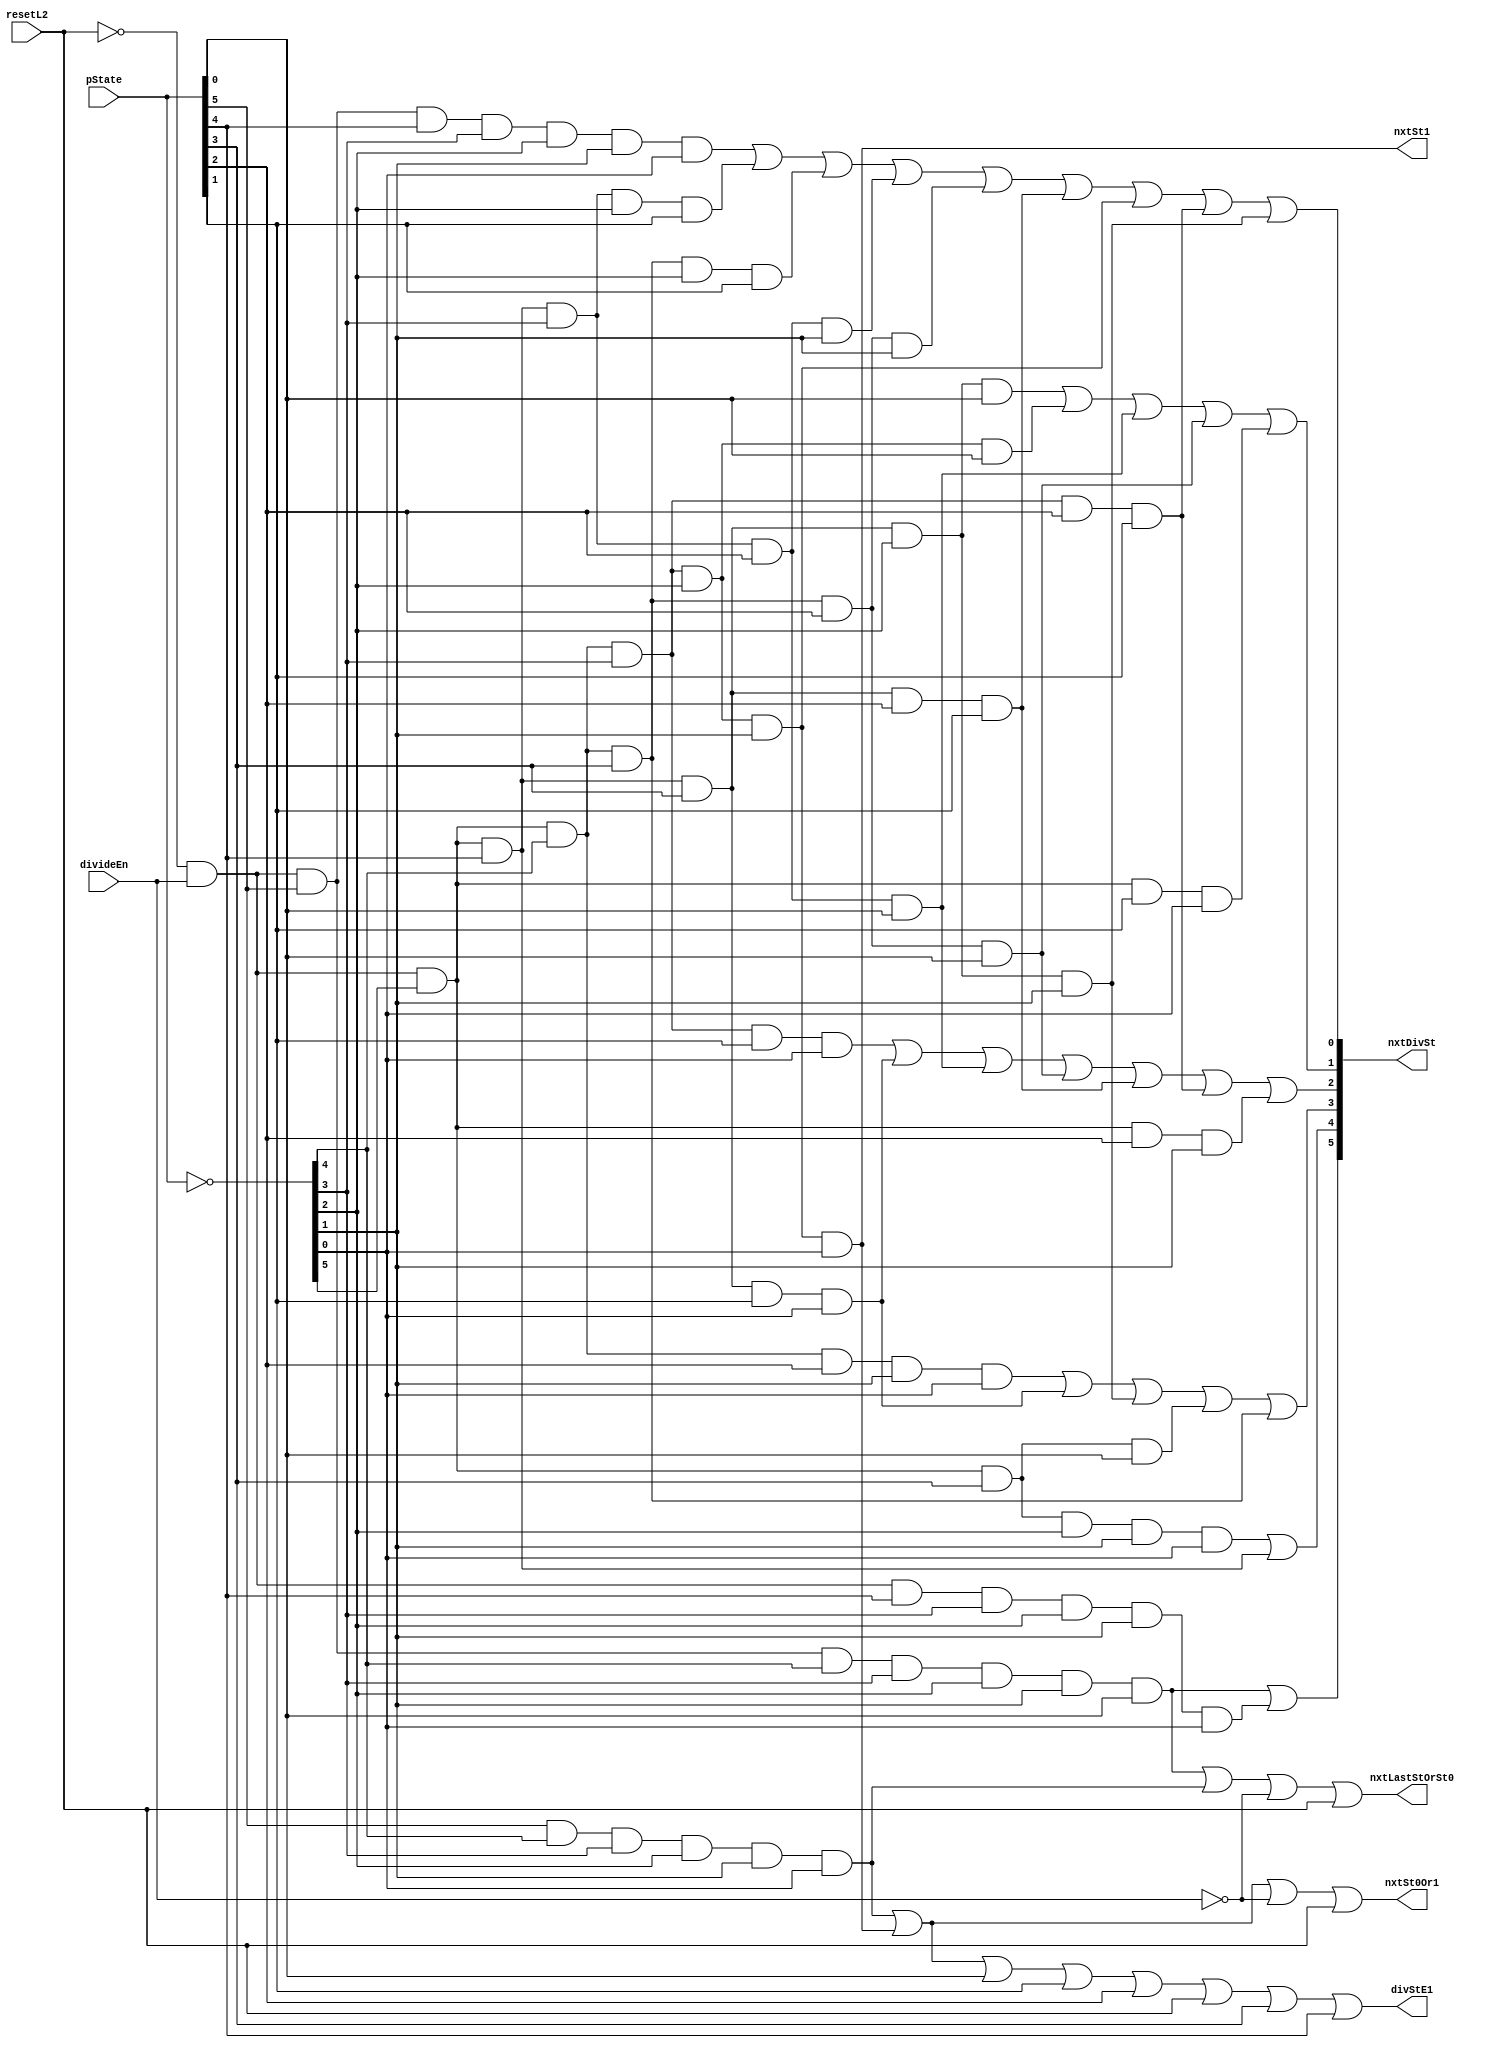
// 
// ************************************************************************** 
// 
//  Copyright (c) International Business Machines Corporation, 2005. 
// 
//  This file contains trade secrets and other proprietary and confidential 
//  information of International Business Machines Corporation which are 
//  protected by copyright and other intellectual property rights and shall 
//  not be reproduced, transferred to other documents, disclosed to others, 
//  or used for any purpose except as specifically authorized in writing by 
//  International Business Machines Corporation. This notice must be 
//  contained as part of this text at all times. 
// 
// ************************************************************************** 
//
//  from espresso format file on Mon Mar  8 16:19:22 EST 1999
// modulename is divSM
// input file is divSM.pers
// output file is divSM.v
// espresso will be called.
//
// #############################
// #                           #
// #  divide State Machine     #
// #                           #
// #############################
// # the types are:
// #.f    ones=1 , zero= comp ones, dcs = null
// #        this is like a regular PLA
// #.fd   dcs = -, ones = 1 without -, zero = comp(dcs union ones)
// #        all unlisted input combinations produce a 0 output
// #        note that if an output is covered by both a - and 1, it is -
// #.fr   ones = 1, zero=0, dcs= comp(ones union zero)
// #        all unlisted input combinations are don't cares
// #        note that if an output is covered by both a 0 and 1, it is error
// #.fdr  ones = 1, zero=0, dcs=-
// #        all unlisted input combinations are ?
// #        does not say what happens if overlapping covers
// #
// # ~ in an output position means don't consider this line in generating this output.
// # synopsys does:
// #     read pla
// #     set current design
// # normally include:
// #
// ######################################################################
// ##  Set the input and output port attributes here and map to gates. ##
// ##  See process document for the correct values for your design.    ##
// ######################################################################
// .synopsys set_drive 3.0 all_inputs()
// .synopsys set_max_transition 0.4 all_inputs()
// .synopsys set_load .200 all_outputs()
// #
// #########################################################################
// ##  Set the option to flatten and structure the design. Use the option ##
// ##  single_output for speed optimization, and uncomment the multiple   ##
// ##  output option for area optimization.                               ##
// #########################################################################
// .synopsys set_flatten -minimize single_output -effort medium
// ## .synopsys set_flatten -minimize multiple_output -effort medium
// .synopsys set_structure
// #
// ###########################################################################
// ##  Set the max delay for all output for initial pass.  Set delay for    ##
// ##  your design.  Uncomment and set the other delays if the previous try ##
// ##  does not meet timing.  Replace the <delay> with the needed delay     ##
// ##  timming and replace the PIN with the pin name to delay or set delay  ##
// ##  for multiple outputs. DONT USE BITS OF A BUS USE THE WHOLE BUS.      ##
// ###########################################################################
// .synopsys max_delay 5 all_outputs()
// ##  .synopsys max_delay <delay> find(port {"PIN"})
// ##  .synopsys max_delay <delay> find(port {"PIN"})
// ##  .synopsys max_delay <delay> find(port {"PIN1" "PIN2" "PIN3" ... })
// #
// ######################################################################
// ##  To compile for minimal area uncomment max_area 0 and change the ##
// ##  max_delay 15 all_outputs() to max_delay 30 all_outputs()        ##
// ######################################################################
// ##  .synopsys max_area 0
// #
// ################################################################
// ##  Set the arrival time for any input pins that may be late  ##
// ################################################################
// ## .synopsys set_arrival 12 PAGE_END - late arriving signal
// ## .synopsys set_arrival 12 HOLD - late arriving signal
// #
// ####################################################################
// ## The complile option is set to medium to optimize the design.   ##
// ####################################################################
// .synopsys compile -map_effort medium
// ##
// #
// .outputnames nxtDivSt[0:5] divStE1 nxtLastStOrSt0 nxtSt0Or1 nxtSt1
// .inputnames  resetL2 divideEn pState[0:5]
// .type fd
// .i 8
// .o 10
// #
// #History:
// # 02/13/98 SBP Copied from 401.
// #
// #Notes:
// # State machine is for divide. Divide takes 35 cycles
// #
// #
// #

// # INPUTS ********************************************************************************
// #resetL2
// # divideEn
// # | pState[0:5]
// # | |      OUTPUTS ***************************
// # | |      *  nxtDivSt[0:5]
// # | |      *  |      divStE1
// # | |      *  |      | nxtLastStOrSt0
// # | |      *  |      | | nxtSt0or1
// # | |      *  |      | | | nxtSt1
// # | |      *  |      | | | |
// # - ------ *  ------ - - - -
// # ================================================================================
// # Reset puts state machininine in idle.
// # ================================================================================
// 1 - ------    000000 1 1 1 ~  # reset to idle.
// - 0 ------    000000 ~ 1 1 ~  # reset to idle.
// - 1 ------    ~~~~~~ 1 ~ ~ ~  # Turn on divStE1.
// - - -----1    ~~~~~~ 1 ~ ~ ~  # Interrupted divide should
// - - ----1-    ~~~~~~ 1 ~ ~ ~  # go back to idle state.
// - - ---1--    ~~~~~~ 1 ~ ~ ~  #
// - - --1---    ~~~~~~ 1 ~ ~ ~  #
// - - -1----    ~~~~~~ 1 ~ ~ ~  #
// - - 1-----    ~~~~~~ 1 ~ ~ ~  #
// # ================================================================================
// # State Machine gray codededed to save gates and power.
// # ================================================================================
// 0 1 000000    000001 ~ ~ 1 1  # state0  to state1
// 0 1 000001    000011 ~ ~ ~ ~  # state1  to state2
// 0 1 000011    000010 ~ ~ ~ ~  # state2  to state3
// 0 1 000010    000110 ~ ~ ~ ~  # state3  to state4
// 0 1 000110    000111 ~ ~ ~ ~  # state4  to state5
// 0 1 000111    000101 ~ ~ ~ ~  # state5  to state6
// 0 1 000101    000100 ~ ~ ~ ~  # state6  to state7
// 0 1 000100    001100 ~ ~ ~ ~  # state7  to state8
// 0 1 001100    001101 ~ ~ ~ ~  # state8  to state9
// 0 1 001101    001111 ~ ~ ~ ~  # state9  to state10
// 0 1 001111    001110 ~ ~ ~ ~  # state10 to state11
// 0 1 001110    001010 ~ ~ ~ ~  # state11 to state12
// 0 1 001010    001011 ~ ~ ~ ~  # state12 to state13
// 0 1 001011    001001 ~ ~ ~ ~  # state13 to state14
// 0 1 001001    001000 ~ ~ ~ ~  # state14 to state15
// 0 1 001000    011000 ~ ~ ~ ~  # state15 to state16
// 0 1 011000    011001 ~ ~ ~ ~  # state16 to state17
// 0 1 011001    011011 ~ ~ ~ ~  # state17 to state18
// 0 1 011011    011010 ~ ~ ~ ~  # state18 to state19
// 0 1 011010    011110 ~ ~ ~ ~  # state19 to state20
// 0 1 011110    011111 ~ ~ ~ ~  # state20 to state21
// 0 1 011111    011101 ~ ~ ~ ~  # state21 to state22
// 0 1 011101    011100 ~ ~ ~ ~  # state22 to state23
// 0 1 011100    010100 ~ ~ ~ ~  # state23 to state24
// 0 1 010100    010101 ~ ~ ~ ~  # state24 to state25
// 0 1 010101    010111 ~ ~ ~ ~  # state25 to state26
// 0 1 010111    010110 ~ ~ ~ ~  # state26 to state27
// 0 1 010110    010010 ~ ~ ~ ~  # state27 to state28
// 0 1 010010    010011 ~ ~ ~ ~  # state28 to state29
// 0 1 010011    010001 ~ ~ ~ ~  # state29 to state30
// 0 1 010001    010000 ~ ~ ~ ~  # state30 to state31
// 0 1 010000    110000 ~ ~ ~ ~  # state31 to state32
// 0 1 110000    100001 ~ ~ ~ ~  # state32 to nxtToLastState
// 0 1 100001    100000 ~ 1 ~ ~  # nxtToLastState to lastState
// 0 1 100000    000000 ~ 1 1 ~  # lastState to state0
module p405s_divSM (
nxtDivSt,
divStE1,
nxtLastStOrSt0,
nxtSt0Or1,
nxtSt1,
resetL2,
divideEn,
pState);

output [0:5] nxtDivSt;
output  divStE1;
output  nxtLastStOrSt0;
output  nxtSt0Or1;
output  nxtSt1;

input  resetL2;
input  divideEn;
input [0:5] pState;

wire  not_resetL2;
wire  not_divideEn;
wire [0:5] not_pState;

wire [0:32] pterm;

//not(not_resetL2,resetL2);
assign not_resetL2 = ~resetL2;
//not(not_divideEn,divideEn);
assign not_divideEn = ~divideEn;
//not(not_pState[0],pState[0]);
//not(not_pState[1],pState[1]);
//not(not_pState[2],pState[2]);
//not(not_pState[3],pState[3]);
//not(not_pState[4],pState[4]);
//not(not_pState[5],pState[5]);
assign not_pState = ~(pState);

// AND array expressions and reprint of all terms
// <0> 01100001 1000000100
//and(pterm[0],not_resetL2,divideEn,pState[0],not_pState[1],not_pState[2],
//   not_pState[3],not_pState[4],pState[5]);
assign pterm[0] = (not_resetL2 & divideEn & pState[0] & not_pState[1] & not_pState[2] & not_pState[3] & not_pState[4] & pState[5]);
// <1> 01110000 0000010000
//and(pterm[1],not_resetL2,divideEn,pState[0],pState[1],not_pState[2],
//   not_pState[3],not_pState[4],not_pState[5]);
assign pterm[1] = (not_resetL2 & divideEn & pState[0] & pState[1] & not_pState[2] & not_pState[3] & not_pState[4] & not_pState[5]);
// <2> 01-10000 1000000000
//and(pterm[2],not_resetL2,divideEn,pState[1],not_pState[2],not_pState[3],
//   not_pState[4],not_pState[5]);
assign pterm[2] = (not_resetL2 & divideEn & pState[1] & not_pState[2] & not_pState[3] & not_pState[4] & not_pState[5]);
// <3> --100000 0000001110
//and(pterm[3],pState[0],not_pState[1],not_pState[2],not_pState[3],
//   not_pState[4],not_pState[5]);
assign pterm[3] = (pState[0] & not_pState[1] & not_pState[2] & not_pState[3] & not_pState[4] & not_pState[5]);
// <4> 01000000 0000001011
//and(pterm[4],not_resetL2,divideEn,not_pState[0],not_pState[1],
//   not_pState[2],not_pState[3],not_pState[4],not_pState[5]);
assign pterm[4] = (not_resetL2 & divideEn & not_pState[0] & not_pState[1] & not_pState[2] & not_pState[3] & not_pState[4] & not_pState[5]);
// <5> 010-1000 0100000000
//and(pterm[5],not_resetL2,divideEn,not_pState[0],pState[2],not_pState[3],
//   not_pState[4],not_pState[5]);
assign pterm[5] = (not_resetL2 & divideEn & not_pState[0] & pState[2] & not_pState[3] & not_pState[4] & not_pState[5]);
// <6> 010110-1 0000100000
//and(pterm[6],not_resetL2,divideEn,not_pState[0],pState[1],pState[2],
//   not_pState[3],pState[5]);
assign pterm[6] = (not_resetL2 & divideEn & not_pState[0] & pState[1] & pState[2] & not_pState[3] & pState[5]);
// <7> 0100-100 0010000000
//and(pterm[7],not_resetL2,divideEn,not_pState[0],not_pState[1],pState[3],
//   not_pState[4],not_pState[5]);
assign pterm[7] = (not_resetL2 & divideEn & not_pState[0] & not_pState[1] & pState[3] & not_pState[4] & not_pState[5]);
// <8> 01000-10 0001000000
//and(pterm[8],not_resetL2,divideEn,not_pState[0],not_pState[1],
//   not_pState[2],pState[4],not_pState[5]);
assign pterm[8] = (not_resetL2 & divideEn & not_pState[0] & not_pState[1] & not_pState[2] & pState[4] & not_pState[5]); 
// <9> 010000-1 0000100000
//and(pterm[9],not_resetL2,divideEn,not_pState[0],not_pState[1],
//   not_pState[2],not_pState[3],pState[5]);
assign pterm[9] = (not_resetL2 & divideEn & not_pState[0] & not_pState[1] & not_pState[2] & not_pState[3] & pState[5]);
// <10> 01011-10 0011000000
//and(pterm[10],not_resetL2,divideEn,not_pState[0],pState[1],pState[2],
//   pState[4],not_pState[5]);
assign pterm[10] = (not_resetL2 & divideEn & not_pState[0] & pState[1] & pState[2] & pState[4] & not_pState[5]);
// <11> 010101-1 0001100000
//and(pterm[11],not_resetL2,divideEn,not_pState[0],pState[1],not_pState[2],
//   pState[3],pState[5]);
assign pterm[11] = (not_resetL2 & divideEn & not_pState[0] & pState[1] & not_pState[2] & pState[3] & pState[5]);
// <12> 010011-1 0001100000
//and(pterm[12],not_resetL2,divideEn,not_pState[0],not_pState[1],pState[2],
//   pState[3],pState[5]);
assign pterm[12] = (not_resetL2 & divideEn & not_pState[0] & not_pState[1] & pState[2] & pState[3] & pState[5]);
// <13> 0101001- 0000010000
//and(pterm[13],not_resetL2,divideEn,not_pState[0],pState[1],not_pState[2],
//   not_pState[3],pState[4]);
assign pterm[13] = (not_resetL2 & divideEn & not_pState[0] & pState[1] & not_pState[2] & not_pState[3] & pState[4]);
// <14> 0100101- 0000010000
//and(pterm[14],not_resetL2,divideEn,not_pState[0],not_pState[1],pState[2],
//   not_pState[3],pState[4]);
assign pterm[14] = (not_resetL2 & divideEn & not_pState[0] & not_pState[1] & pState[2] & not_pState[3] & pState[4]);
// <15> 0101010- 0000010000
//and(pterm[15],not_resetL2,divideEn,not_pState[0],pState[1],not_pState[2],
//   pState[3],not_pState[4]);
assign pterm[15] = (not_resetL2 & divideEn & not_pState[0] & pState[1] & not_pState[2] & pState[3] & not_pState[4]);
// <16> 0100110- 0000010000
//and(pterm[16],not_resetL2,divideEn,not_pState[0],not_pState[1],pState[2],
//   pState[3],not_pState[4]);
assign pterm[16] = (not_resetL2 & divideEn & not_pState[0] & not_pState[1] & pState[2] & pState[3] & not_pState[4]);
// <17> 0101111- 0001010000
//and(pterm[17],not_resetL2,divideEn,not_pState[0],pState[1],pState[2],
//   pState[3],pState[4]);
assign pterm[17] = (not_resetL2 & divideEn & not_pState[0] & pState[1] & pState[2] & pState[3] & pState[4]);
// <18> 0100000- 0000010000
//and(pterm[18],not_resetL2,divideEn,not_pState[0],not_pState[1],
//   not_pState[2],not_pState[3],not_pState[4]);
assign pterm[18] = (not_resetL2 & divideEn & not_pState[0] & not_pState[1] & not_pState[2] & not_pState[3] & not_pState[4]);
// <19> 0100011- 0001010000
//and(pterm[19],not_resetL2,divideEn,not_pState[0],not_pState[1],
//   not_pState[2],pState[3],pState[4]);
assign pterm[19] = (not_resetL2 & divideEn & not_pState[0] & not_pState[1] & not_pState[2] & pState[3] & pState[4]);
// <20> 0101100- 0010010000
//and(pterm[20],not_resetL2,divideEn,not_pState[0],pState[1],pState[2],
//   not_pState[3],not_pState[4]);
assign pterm[20] = (not_resetL2 & divideEn & not_pState[0] & pState[1] & pState[2] & not_pState[3] & not_pState[4]);
// <21> 010---10 0000100000
//and(pterm[21],not_resetL2,divideEn,not_pState[0],pState[4],
//   not_pState[5]);
assign pterm[21] = (not_resetL2 & divideEn & not_pState[0] & pState[4] & not_pState[5]);
// <22> 010-1--1 0010000000
//and(pterm[22],not_resetL2,divideEn,not_pState[0],pState[2],pState[5]);
assign pterm[22] = (not_resetL2 & divideEn & not_pState[0] & pState[2] & pState[5]);
// <23> 01001--- 0010000000
//and(pterm[23],not_resetL2,divideEn,not_pState[0],not_pState[1],
//   pState[2]);
assign pterm[23] = (not_resetL2 & divideEn & not_pState[0] & not_pState[1] & pState[2]);
// <24> 010--10- 0001000000
//and(pterm[24],not_resetL2,divideEn,not_pState[0],pState[3],
//   not_pState[4]);
assign pterm[24] = (not_resetL2 & divideEn & not_pState[0] & pState[3] & not_pState[4]);
// <25> 0101---- 0100000000
//and(pterm[25],not_resetL2,divideEn,not_pState[0],pState[1]);
assign pterm[25] = (not_resetL2 & divideEn & not_pState[0] & pState[1]);
// <26> -0------ 0000000110
//and(pterm[26],not_divideEn);
assign pterm[26] = not_divideEn;
// <27> -------1 0000001000
//and(pterm[27],pState[5]);
assign pterm[27] = pState[5];
// <28> ------1- 0000001000
//and(pterm[28],pState[4]);
assign pterm[28] = pState[4];
// <29> -----1-- 0000001000
//and(pterm[29],pState[3]);
assign pterm[29] = pState[3];
// <30> 1------- 0000001110
//and(pterm[30],resetL2);
assign pterm[30] = resetL2;
// <31> ----1--- 0000001000
//and(pterm[31],pState[2]);
assign pterm[31] = pState[2];
// <32> ---1---- 0000001000
//and(pterm[32],pState[1]);
assign pterm[32] = pState[1];

// OR array expressions
//or(nxtDivSt[0],pterm[0],pterm[2]);
assign nxtDivSt[0] = (pterm[0] | pterm[2]);
//or(nxtDivSt[1],pterm[5],pterm[25]);
assign nxtDivSt[1] = (pterm[5] | pterm[25]);
//or(nxtDivSt[2],pterm[7],pterm[10],pterm[20],pterm[22],pterm[23]);
assign nxtDivSt[2] = (pterm[7] | pterm[10] | pterm[20] | pterm[22] | pterm[23]);
//or(nxtDivSt[3],pterm[8],pterm[10],pterm[11],pterm[12],pterm[17],
//   pterm[19],pterm[24]);
assign nxtDivSt[3] = (pterm[8] | pterm[10] | pterm[11] | pterm[12] | pterm[17] | pterm[19] | pterm[24]);
//or(nxtDivSt[4],pterm[6],pterm[9],pterm[11],pterm[12],pterm[21]);
assign nxtDivSt[4] = (pterm[6] | pterm[9] | pterm[11] | pterm[12] | pterm[21]);
//or(nxtDivSt[5],pterm[1],pterm[13],pterm[14],pterm[15],pterm[16],
//   pterm[17],pterm[18],pterm[19],pterm[20]);
assign nxtDivSt[5] = (pterm[1] | pterm[13]| pterm[14] | pterm[15] | pterm[16] | pterm[17] | pterm[18] | pterm[19] | pterm[20]);
//or(divStE1,pterm[3],pterm[4],pterm[27],pterm[28],pterm[29],pterm[30],
//   pterm[31],pterm[32]);
assign divStE1 = (pterm[3] | pterm[4] | pterm[27] | pterm[28] | pterm[29] | pterm[30] | pterm[31] | pterm[32]);
//or(nxtLastStOrSt0,pterm[0],pterm[3],pterm[26],pterm[30]);
assign nxtLastStOrSt0 = (pterm[0] | pterm[3] | pterm[26] | pterm[30]);
//or(nxtSt0Or1,pterm[3],pterm[4],pterm[26],pterm[30]);
assign nxtSt0Or1 = (pterm[3] | pterm[4] | pterm[26] | pterm[30]);
//or(nxtSt1,pterm[4]);
assign nxtSt1 = pterm[4];

endmodule